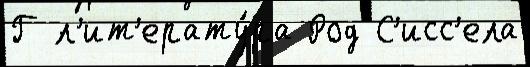
Г л'ит'ерату́ра Род С'исс'ела